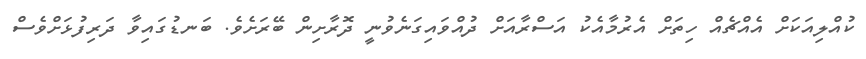
ކުއްލިއަކަށް އެއްޗެއް ހިތަށް އެރުމާއެކު އަސްރާއަށް ދުއްވައިގަނެވުނީ ދޮރާށިން ބޭރަށެވެ. ބަނޑުގައިވާ ދަރިފުޅަށްވެސް